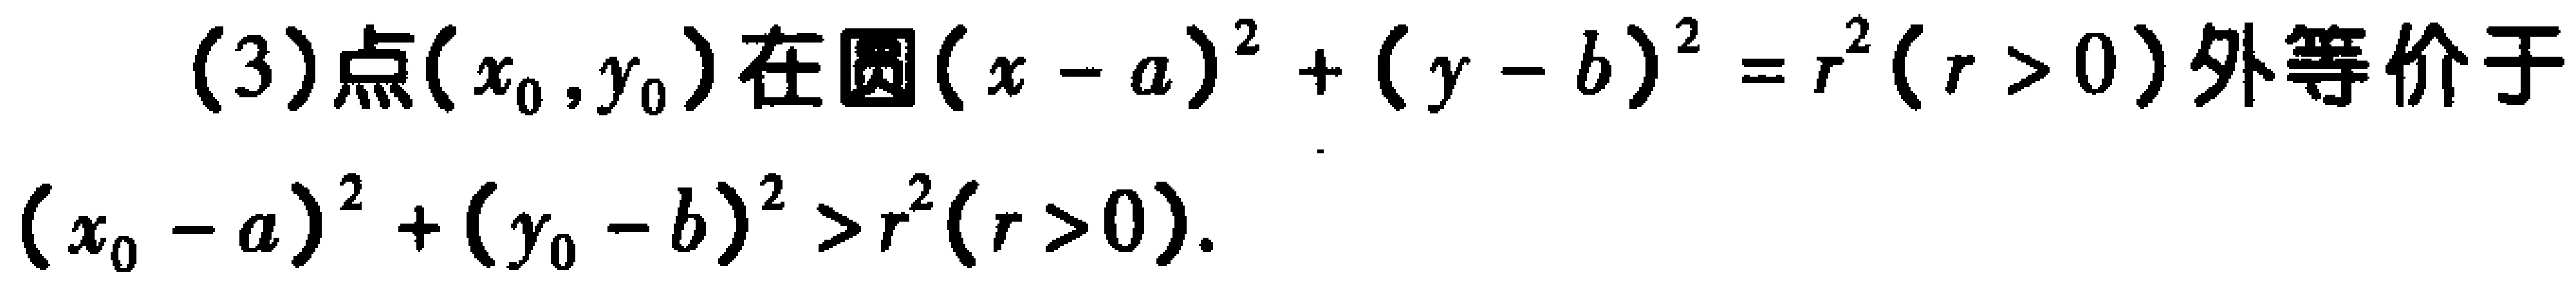
(3)点\((x_0,y_0)\)在圆\((x - a)^2 + (y - b)^2 = r^2(r > 0)\)外等价于
\((x_0 - a)^2 + (y_0 - b)^2 > r^2(r > 0)\).